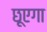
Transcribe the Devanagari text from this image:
छूएगा